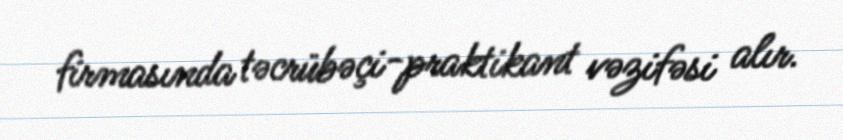
firmasında təcrübəçi-praktikant vəzifəsi alır.